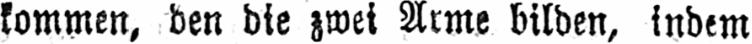
kommen, den die zwei Arme bilden, indem